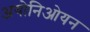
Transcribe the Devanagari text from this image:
अयोनिओयन